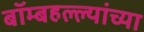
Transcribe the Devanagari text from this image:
बॉम्बहल्ल्यांच्या